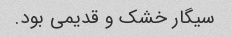
سیگار خشک و قدیمی بود.